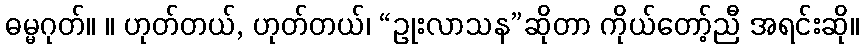
ဓမ္မဂုတ်။ ။ ဟုတ်တယ်, ဟုတ်တယ်၊ “ဥုးလာသန”ဆိုတာ ကိုယ်တော့်ညီ အရင်းဆို။